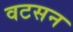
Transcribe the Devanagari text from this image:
वटसन